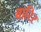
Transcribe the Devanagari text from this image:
बारिर